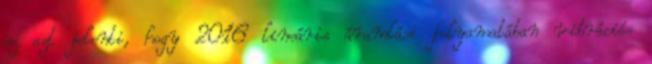
ez azt jelenti, hogy 2016 lineáris áramlási folyamatában vibrációs